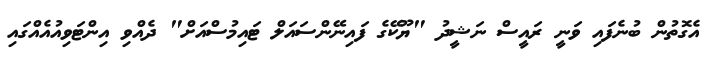
އެގޮތުން ބުނެފައި ވަނީ ރައީސް ނަޝީދު "ޔޫކޭގެ ފައިނޭންސައަލް ޓައިމުސްއަށް" ދެއްވި އިންޓަވިއުއެއްގައި